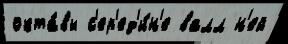
окта́вы с'ер'ед'и́н'е валл н'ей